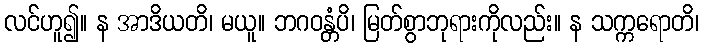
လင်ဟူ၍။ န အာဒိယတိ၊ မယူ။ ဘဂဝန္တံပိ၊ မြတ်စွာဘုရားကိုလည်း။ န သက္ကရောတိ၊